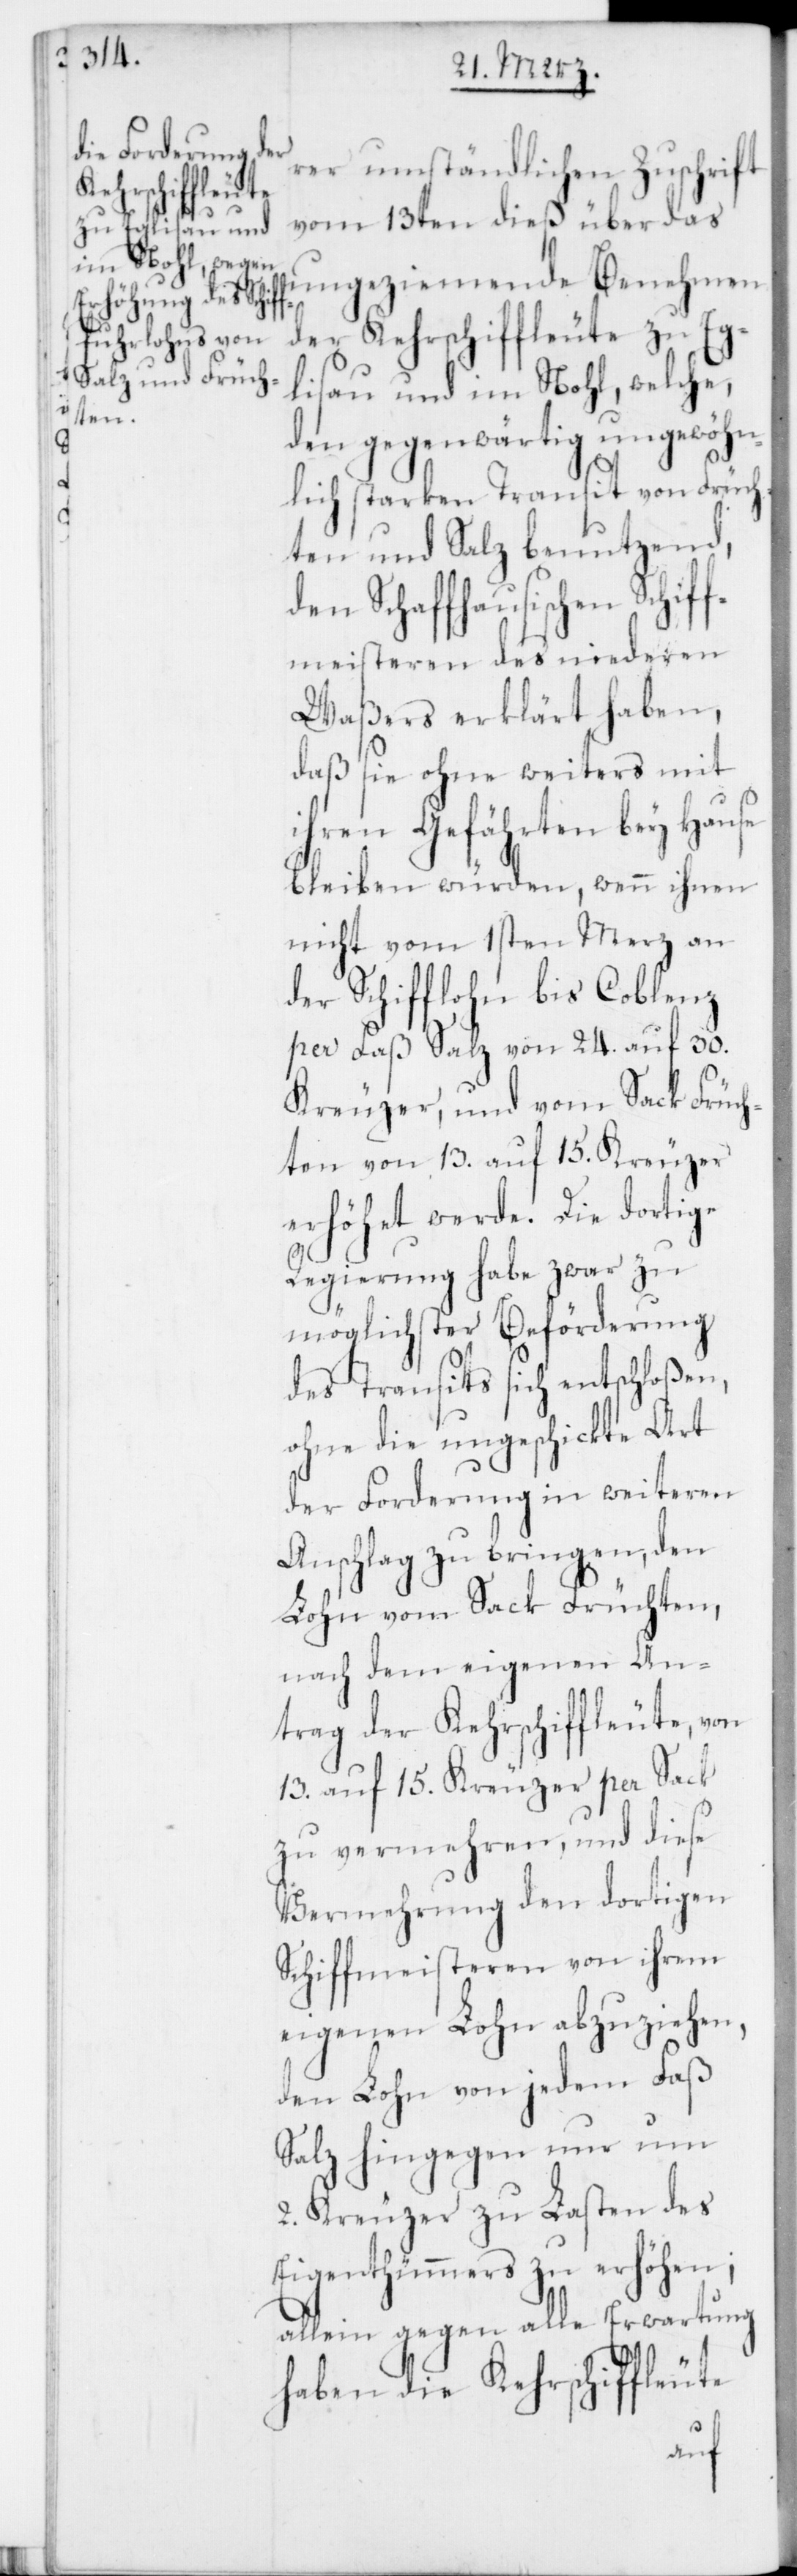
rer umständlichen Zuschrift
vom 13ten dieß über das
ungeziemende Benehmen
der Kehrschiffleute zu Eg¬
lisau und im Nohl, welche,
den gegenwärtig ungewöhn¬
lich starken Transit von Früch¬
ten und Salz benutzend,
den Schaffhausischen Schif¬
fmeisteren des niederen
Waßers erklärt haben,
daß sie ohne weiters mit
ihren Gefährten bey Hause
bleiben würden, wenn ihnen
nicht vom 1sten Merz an
der Schifflohn bis Coblenz
per Faß Salz von 24. auf 30.
Kreuzer, und vom Sack Früch¬
ten von 13. auf 15. Kreuzer
erhöhet werde. Die dortige
Regierung habe zwar zu
möglichster Beförderung
des Transits sich entschloßen,
ohne die ungeschickte Art
der Forderung in weiteren
Anschlag zu bringen, den
Lohn vom Sack Früchten,
nach dem eigenen An¬
trag der Kehrschiffleute, von
13. auf 15. Kreuzer per Sack
zu vermehren, und diese
Vermehrung den dortigen
Schiffmeisteren von ihrem
eigenen Lohn abzuziehen,
den Lohn von jedem Faß
Salz hingegen nur um
2. Kreuzer zu Lasten des
Eigenthümmers zu erhöhen;
allein gegen alle Erwartung
haben die Kehrschiffleute